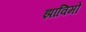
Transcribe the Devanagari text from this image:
झाविमो